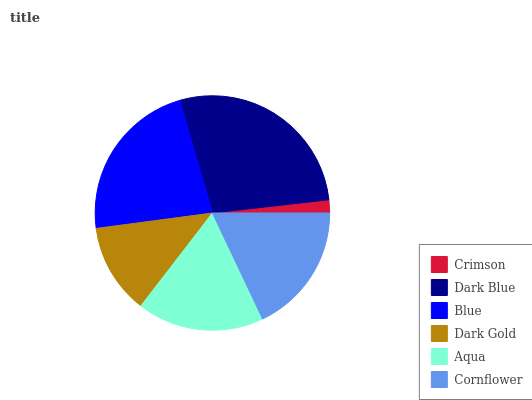
| Crimson | Dark Blue | Blue | Dark Gold | Aqua | Cornflower |
 | --- | --- | --- | --- | --- | --- |
 | 1.8% | 27.7% | 22.6% | 12.4% | 17.5% | 18% |